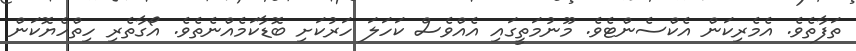
ތަފާތެވެ. އެމެރިކަން އެކްސެންޓެވެ. މޫނުމަތީގައި އެއްވެސް ކަހަލަ ހަރުކަށި ބޮޑާކަމެއްނެތެވެ. އޯގާތެރި ހިތްހެޔޮކަން